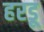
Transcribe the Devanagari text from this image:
हरडू